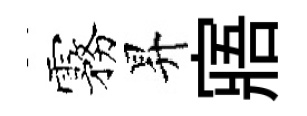
霧昇寤